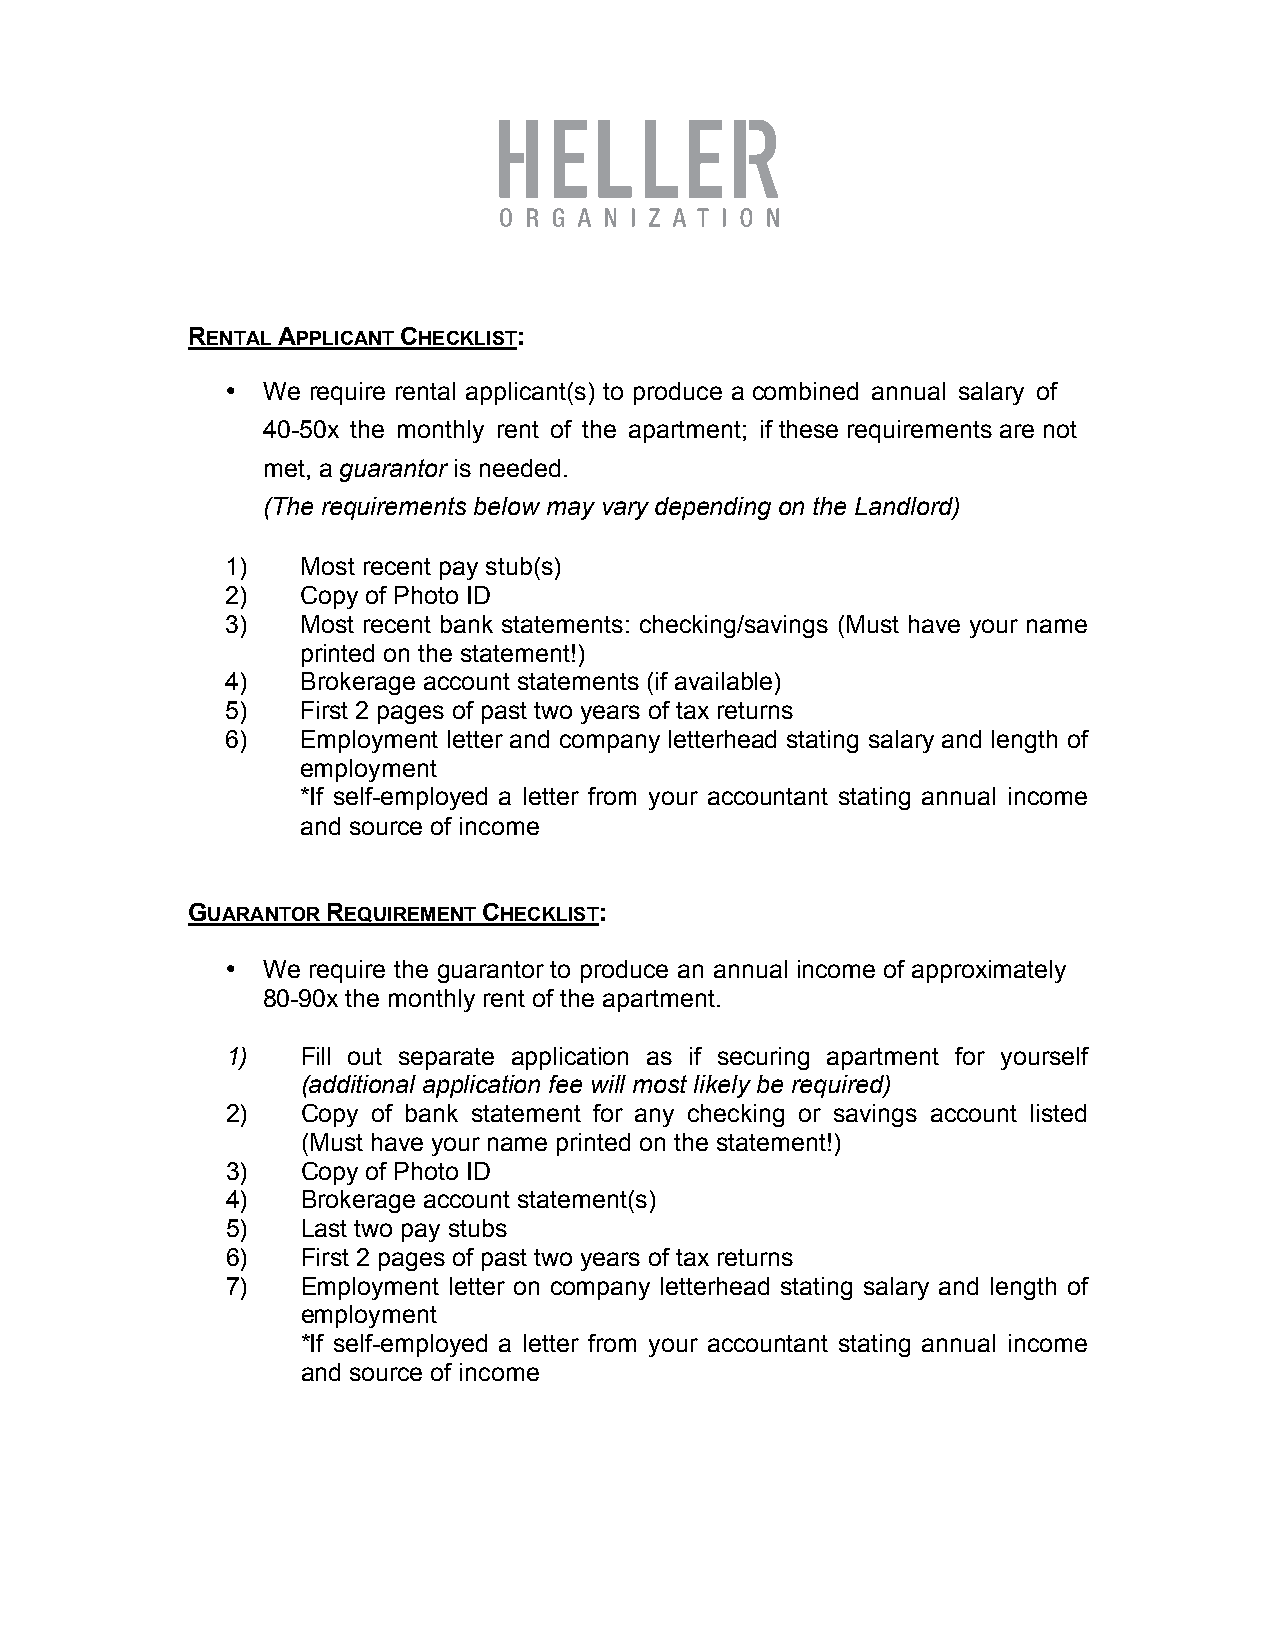
RENTAL APPLICANT CHECKLIST:
 • We require rental applicant(s) to produce a combined annual salary of
 40-50x the monthly rent of the apartment; if these requirements are not
 met, a guarantor is needed.
 (The requirements below may vary depending on the Landlord)
 1)   Most recent pay stub(s)
 2)   Copy of Photo ID
 3)   Most recent bank statements: checking/savings (Must have your name
 printed on the statement!)
 4)   Brokerage account statements (if available)
 5)   First 2 pages of past two years of tax returns
 6)   Employment letter and company letterhead stating salary and length of
 employment
 *If self-employed a letter from your accountant stating annual income
 and source of income
 GUARANTOR REQUIREMENT CHECKLIST:
 • We require the guarantor to produce an annual income of approximately
 80-90x the monthly rent of the apartment.
 1)   Fill out separate application as if securing apartment for yourself
 (additional application fee will most likely be required)
 2)   Copy of bank statement for any checking or savings account listed
 (Must have your name printed on the statement!)
 3)   Copy of Photo ID
 4)   Brokerage account statement(s)
 5)   Last two pay stubs
 6)   First 2 pages of past two years of tax returns
 7)   Employment letter on company letterhead stating salary and length of
 employment
 *If self-employed a letter from your accountant stating annual income
 and source of income